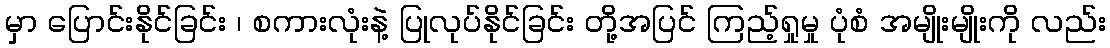
မှာ ပြောင်းနိုင်ခြင်း ၊ စကားလုံးနဲ့ ပြုလုပ်နိုင်ခြင်း တို့အပြင် ကြည့်ရှုမှု ပုံစံ အမျိုးမျိုးကို လည်း